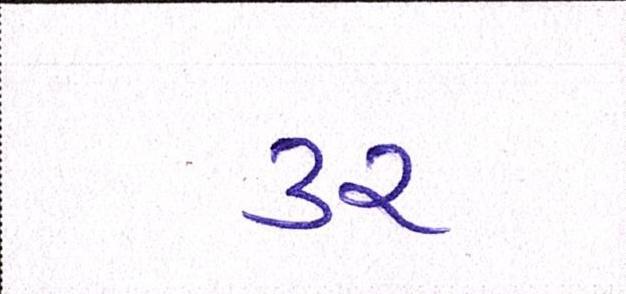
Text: ૩૨